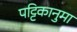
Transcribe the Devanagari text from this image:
पट्टिकानुमा